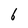
Character: 6